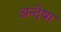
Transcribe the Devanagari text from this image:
अन्देषा